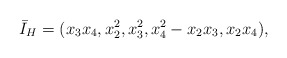
\begin{align*}\bar{I}_H=(x_3x_4, x_2^2, x_3^2, x_4^2-x_2x_3, x_2x_4),\end{align*}